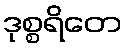
ဒုစ္စရိတေ